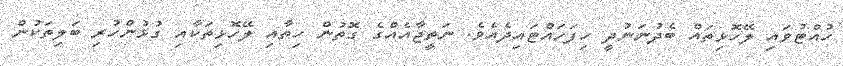
ހުއްޓުވައި ލޭހޮޅިތައް ބެދުނަނުދީ ހިފަހައްޓައިދެއެވެ. ނަތީޖާއެއްގެ ގޮތުން ހިތާއި ލޭހޮޅިތަކާއި ގުޅުންހުރި ބަލިތަކުން